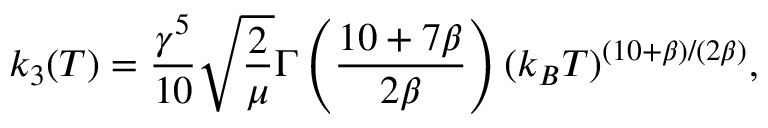
k _ { 3 } ( T ) = \frac { \gamma ^ { 5 } } { 1 0 } \sqrt { \frac { 2 } { \mu } } \Gamma \left( \frac { 1 0 + 7 \beta } { 2 \beta } \right) ( k _ { B } T ) ^ { ( 1 0 + \beta ) / ( 2 \beta ) } ,